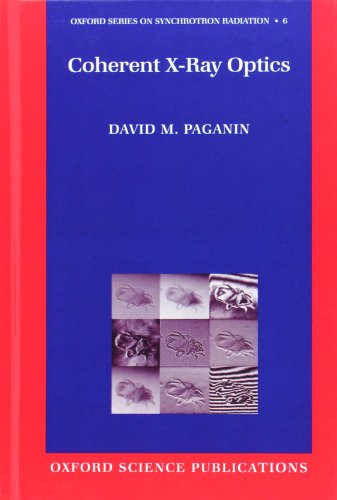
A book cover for Coherent X-Ray Optics (Oxford Series on Synchrotron Radiation); David Paganin; Science & Math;